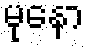
မုနော